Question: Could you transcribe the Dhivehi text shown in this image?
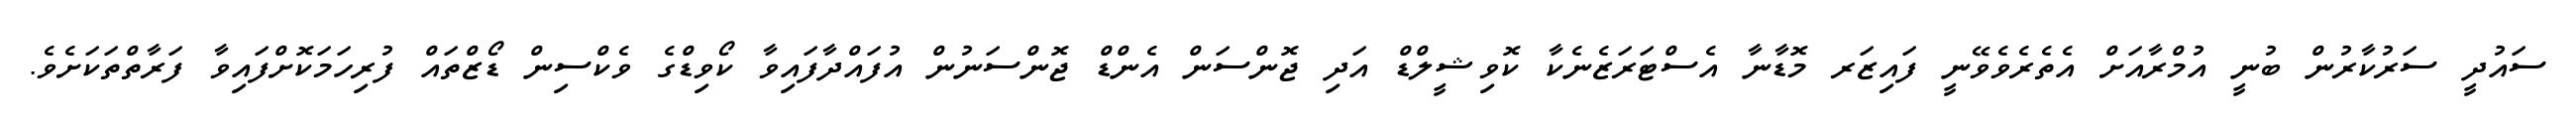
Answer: ސައުދީ ސަރުކާރުން ބުނީ އުމްރާއަށް އެތެރެވެވޭނީ ފައިޒަރ މޮޑާނާ އެސްޓަރަޒެނެކާ ކޮވިޝީލްޑް އަދި ޖޮންސަން އެންޑް ޖޮންސަނުން އުފައްދާފައިވާ ކޯވިޑްގެ ވެކްސިން ޑޯޒްތައް ފުރިހަމަކޮށްފައިވާ ފަރާތްތަކަށެވެ.